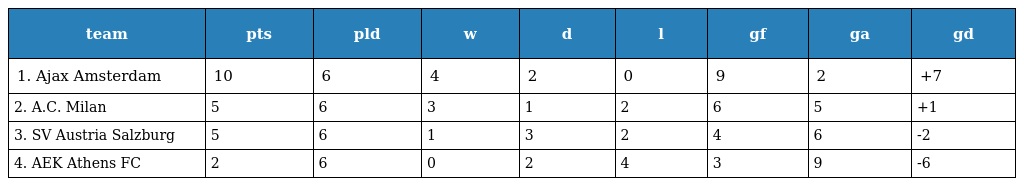
| team | pts | pld | w | d | l | gf | ga | gd |
 | --- | --- | --- | --- | --- | --- | --- | --- | --- |
 | 1. Ajax Amsterdam | 10 | 6 | 4 | 2 | 0 | 9 | 2 | +7 |
 | 2. A.C. Milan | 5 | 6 | 3 | 1 | 2 | 6 | 5 | +1 |
 | 3. SV Austria Salzburg | 5 | 6 | 1 | 3 | 2 | 4 | 6 | -2 |
 | 4. AEK Athens FC | 2 | 6 | 0 | 2 | 4 | 3 | 9 | -6 |